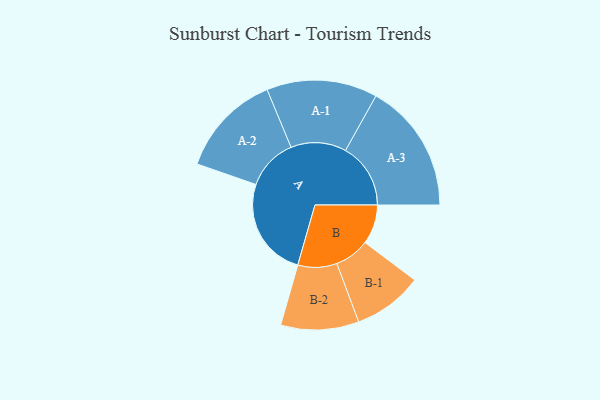
{"axis": {"x": "Segment", "y": "Value"}, "legend": ["", "A", "B"], "data": [{"x": "A", "y": 452, "type": ""}, {"x": "B", "y": 179, "type": ""}, {"x": "A-1", "y": 251, "type": "A"}, {"x": "A-2", "y": 234, "type": "A"}, {"x": "A-3", "y": 295, "type": "A"}, {"x": "B-1", "y": 158, "type": "B"}, {"x": "B-2", "y": 177, "type": "B"}]}